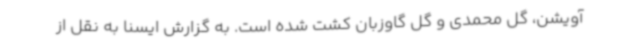
آویشن، گل محمدی و گل گاوزبان کشت شده است. به گزارش ایسنا به نقل از